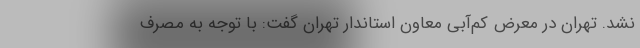
نشد. تهران در معرض کم‌آبی معاون استاندار تهران گفت: با توجه به مصرف